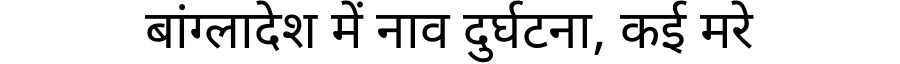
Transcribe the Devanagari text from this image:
बांग्लादेश में नाव दुर्घटना, कई मरे